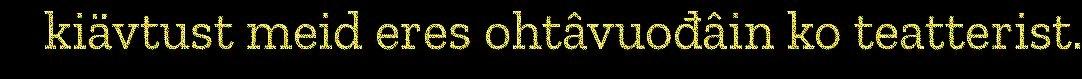
kiävtust meid eres ohtâvuođâin ko teatterist.